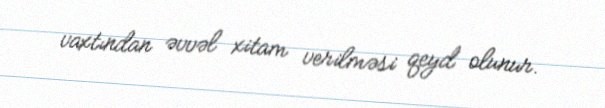
vaxtından əvvəl xitam verilməsi qeyd olunur.